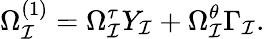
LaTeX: \Omega_{\cal I}^{(1)}=\Omega_{\cal I}^{\tau}Y_{\cal I}+\Omega_{\cal I}^{\theta}\Gamma_{\cal I}.